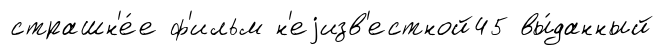
страшн'е́е ф'ильм н'еjизв'естной45 вы́данный